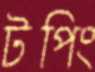
টপিং